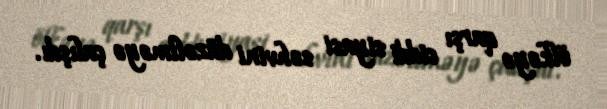
ölkəyə qarşı ciddi siyasi səhvini düzəltməyə çalışdı.